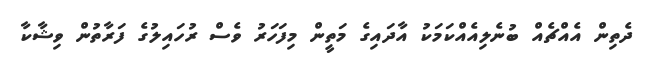
ދެތިން އެއްޗެއް ބުނެލިއެއްކަމަކު އާދައިގެ މަތީން މިފަހަރު ވެސް ރުހައިލުގެ ފަރާތުން ވިޝާކާ